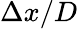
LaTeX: \Delta x/D